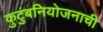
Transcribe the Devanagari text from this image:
कुटुंबनियोजनाची